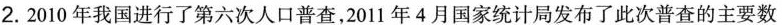
2.2010年我国进行了第六次人口普查，2011年4月国家统计局发布了此次普查的主要数